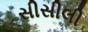
સીસીલી